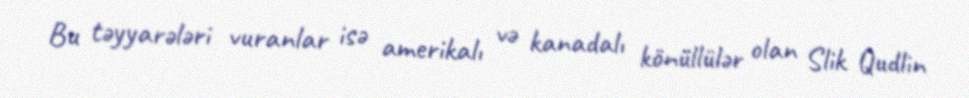
Bu təyyarələri vuranlar isə amerikalı və kanadalı könüllülər olan Slik Qudlin